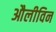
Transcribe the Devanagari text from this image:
औलीविन